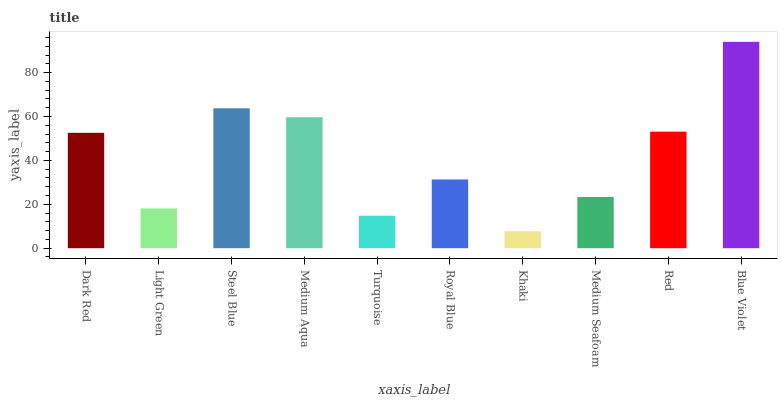
| xaxis_label | bars |
 | --- | --- |
 | Dark Red | 52.6 |
 | Light Green | 18.1 |
 | Steel Blue | 63.7 |
 | Medium Aqua | 59.7 |
 | Turquoise | 14.8 |
 | Royal Blue | 31.3 |
 | Khaki | 7.74 |
 | Medium Seafoam | 23.3 |
 | Red | 53.1 |
 | Blue Violet | 94 |